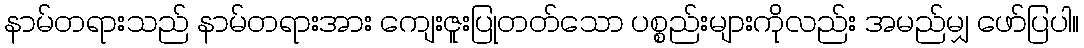
နာမ်တရားသည် နာမ်တရားအား ကျေးဇူးပြုတတ်သော ပစ္စည်းများကိုလည်း အမည်မျှ ဖော်ပြပါ။